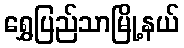
ရွှေပြည်သာမြို့နယ်